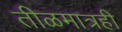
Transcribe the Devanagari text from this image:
तीळमात्रही